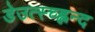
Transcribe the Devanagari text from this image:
डेउत्स्च्ह्लन्द